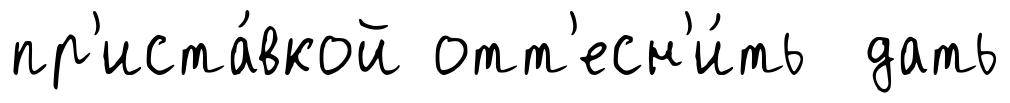
пр'иста́вкой отт'есн'и́ть дать